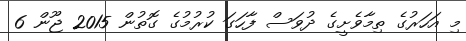
މި އަހަރުގެ ތިމާވެށީގެ ދުވަސް ފާހަގަ ކުރުމުގެ ގޮތުން 2015 ޖޫން 6